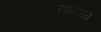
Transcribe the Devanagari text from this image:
सांभाळी